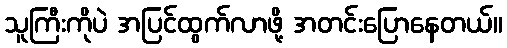
သူကြီးကိုပဲ အပြင်ထွက်လာဖို့ အတင်းပြောနေတယ်။